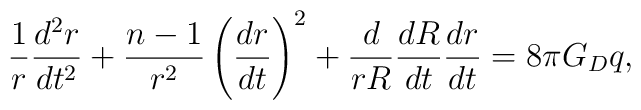
\frac{1}{r}\frac{d^2r}{dt^2}+\frac{n-1}{r^2}\left(\frac{dr}{dt}\right)^2+\frac{d}{rR}\frac{dR}{dt}\frac{dr}{dt}= 8\pi G_Dq,